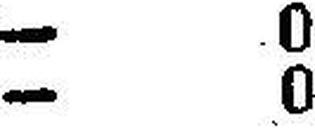
— 0